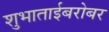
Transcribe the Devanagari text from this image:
शुभाताईबरोबर